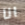
انا